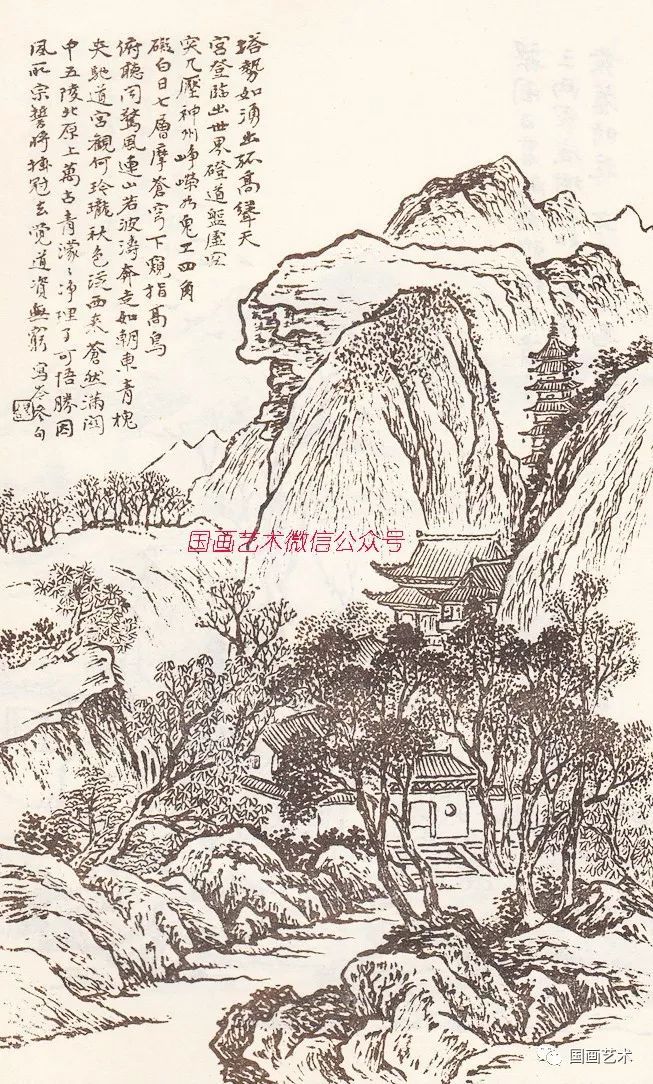
下窥指高鸟，俯听闻惊风。